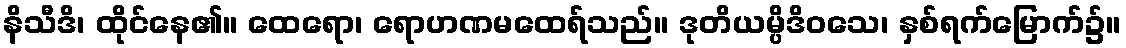
နိသီဒိ၊ ထိုင်နေ၏။ ထေရော၊ ရောဟဏမထေရ်သည်။ ဒုတိယမ္ပိဒိဝသေ၊ နှစ်ရက်မြောက်၌။